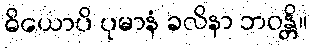
ဓိယောပိ ပုမာနံ ခလိနာ ဘဝန္တိ။